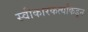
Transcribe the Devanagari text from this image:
स्वीकारकर्त्यांकडून